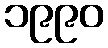
၁၉၉၀